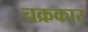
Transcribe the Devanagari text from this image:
चक्रकार